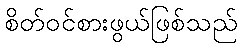
စိတ်ဝင်စားဖွယ်ဖြစ်သည်